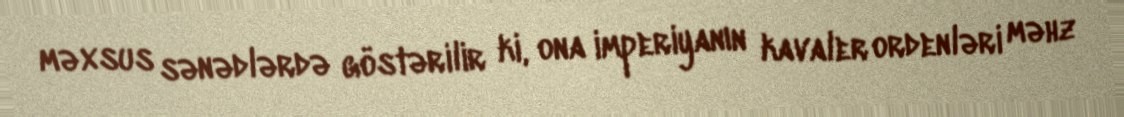
məxsus sənədlərdə göstərilir ki, ona imperiyanın kavaler ordenləri məhz